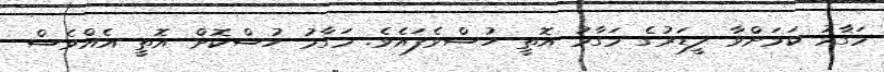
މަގާމު ކަމަށްވާ ލީޑަރުގެ މަގާމު އޮތީ ހުސްވެފައެވެ. މަގާމު ހުސްކޮށް އޮތީ އެއްވެސް